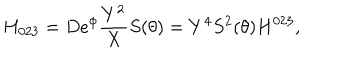
LaTeX: H _ { 0 2 3 } = D e ^ { \phi } \frac { Y ^ { 2 } } X S ( \theta ) = Y ^ { 4 } S ^ { 2 } ( \theta ) H ^ { 0 2 3 } ,